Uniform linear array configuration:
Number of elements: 8
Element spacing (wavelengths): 1
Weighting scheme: blackman
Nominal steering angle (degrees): -45
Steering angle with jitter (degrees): -44.734
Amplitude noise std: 0.05
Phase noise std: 0.05

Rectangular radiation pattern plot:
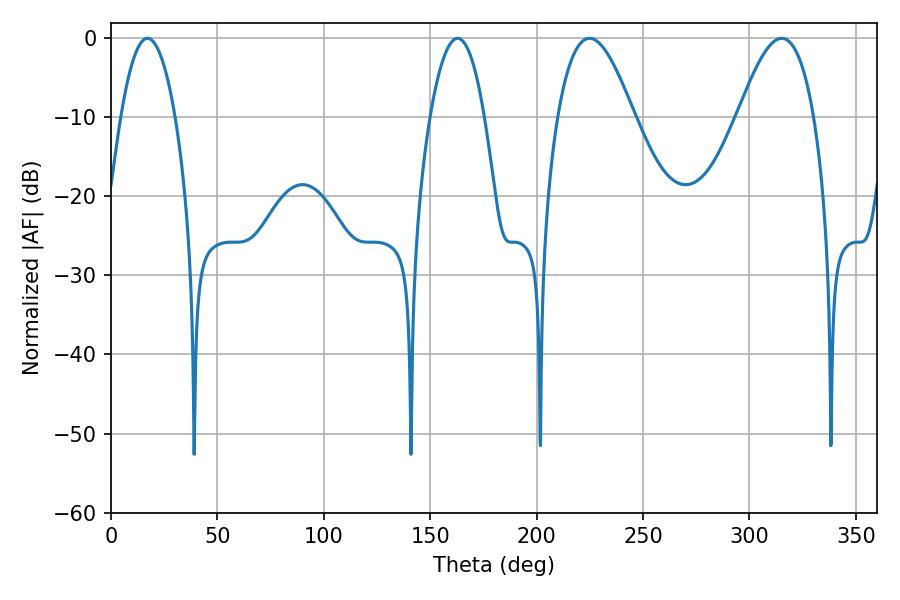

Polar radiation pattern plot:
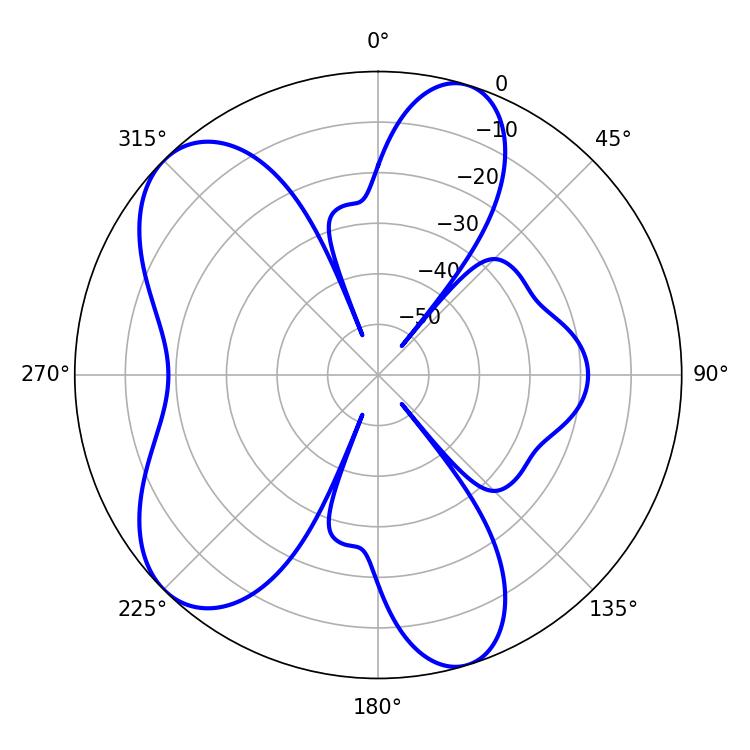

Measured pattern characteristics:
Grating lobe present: TRUE
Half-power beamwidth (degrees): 19.44
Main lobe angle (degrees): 224.82